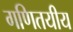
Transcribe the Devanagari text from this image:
गणितयीय